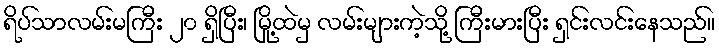
ရိပ်သာလမ်းမကြီး ၂၀ ရှိပြီး၊ မြို့ထဲမှ လမ်းများကဲ့သို့ ကြီးမားပြီး ရှင်းလင်းနေသည်။